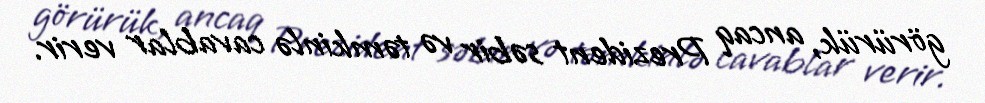
görürük, ancaq Prezident səbir və təmkinlə cavablar verir.